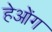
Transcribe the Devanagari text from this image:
हेओंग